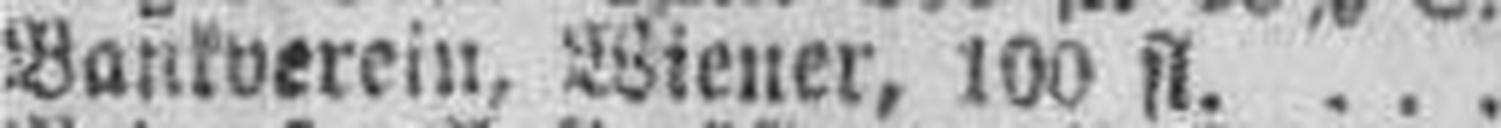
Bankverein, Wiener, 100 fl.